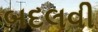
બદલવી